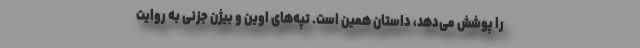
را پوشش می‌دهد، داستان همین است. تپه‌های اوین و بیژن جزنی به روایت